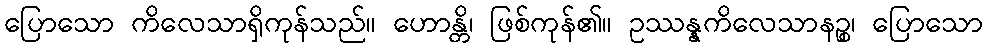
ပြောသော ကိလေသာရှိကုန်သည်။ ဟောန္တိ၊ ဖြစ်ကုန်၏။ ဥဿန္နကိလေသာနဉ္စ၊ ပြောသော